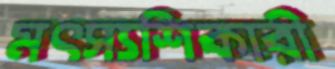
মৎস্যশিকারী